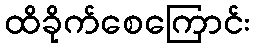
ထိခိုက်စေကြောင်း